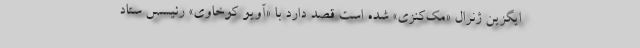
ایگزین ژنرال «مک‌کنزی» شده است قصد دارد با «آویو کوخاوی» رئیسس ستاد